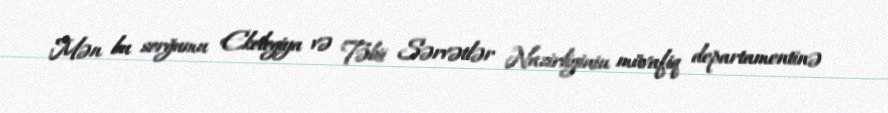
Mən bu sorğumu Ekologiya və Təbii Sərvətlər Nazirliyinin müvafiq departamentinə